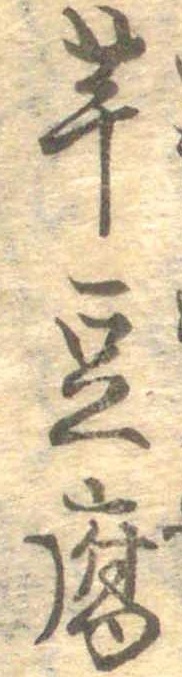
芋豆腐